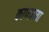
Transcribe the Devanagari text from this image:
काप्याच्या